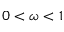
0 < \omega < 1